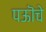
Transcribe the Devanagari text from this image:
पऊॊचे